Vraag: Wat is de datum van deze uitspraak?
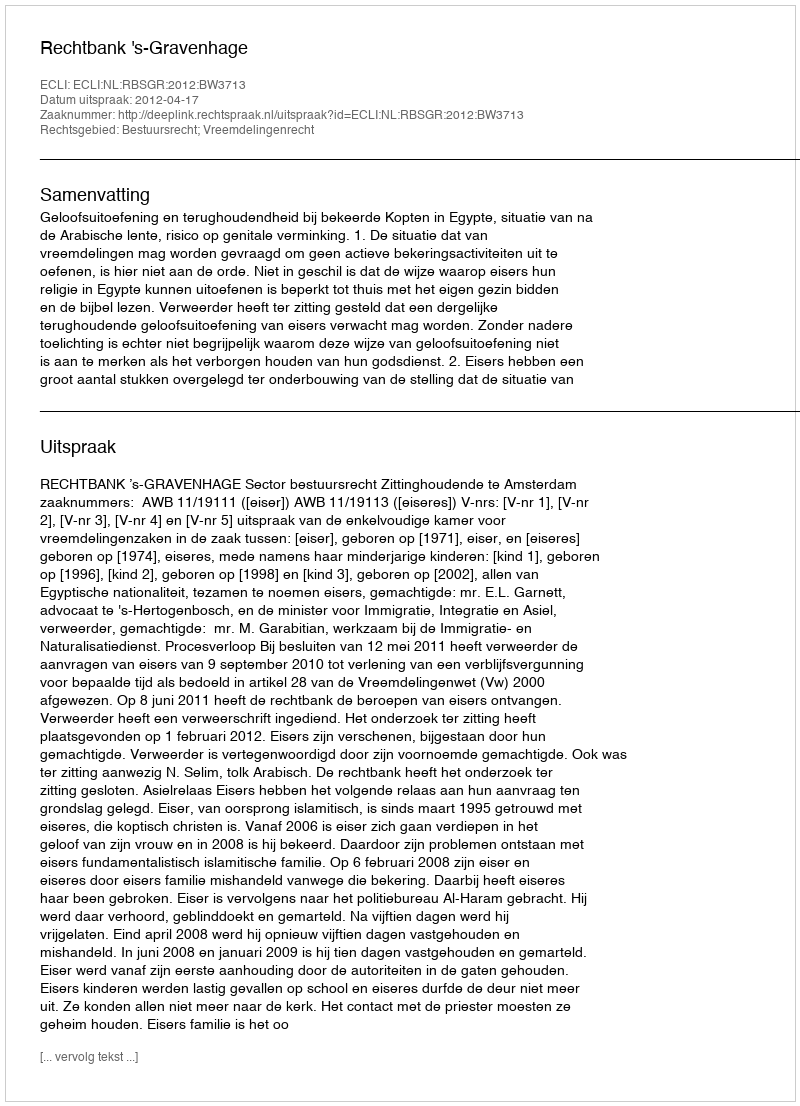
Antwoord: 2012-04-17